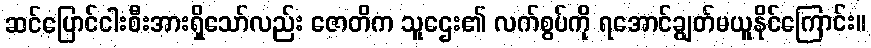
ဆင်ပြောင်ငါးစီးအားရှိသော်လည်း ဇောတိက သူဌေး၏ လက်စွပ်ကို ရအောင်ချွတ်မယူနိုင်ကြောင်း။